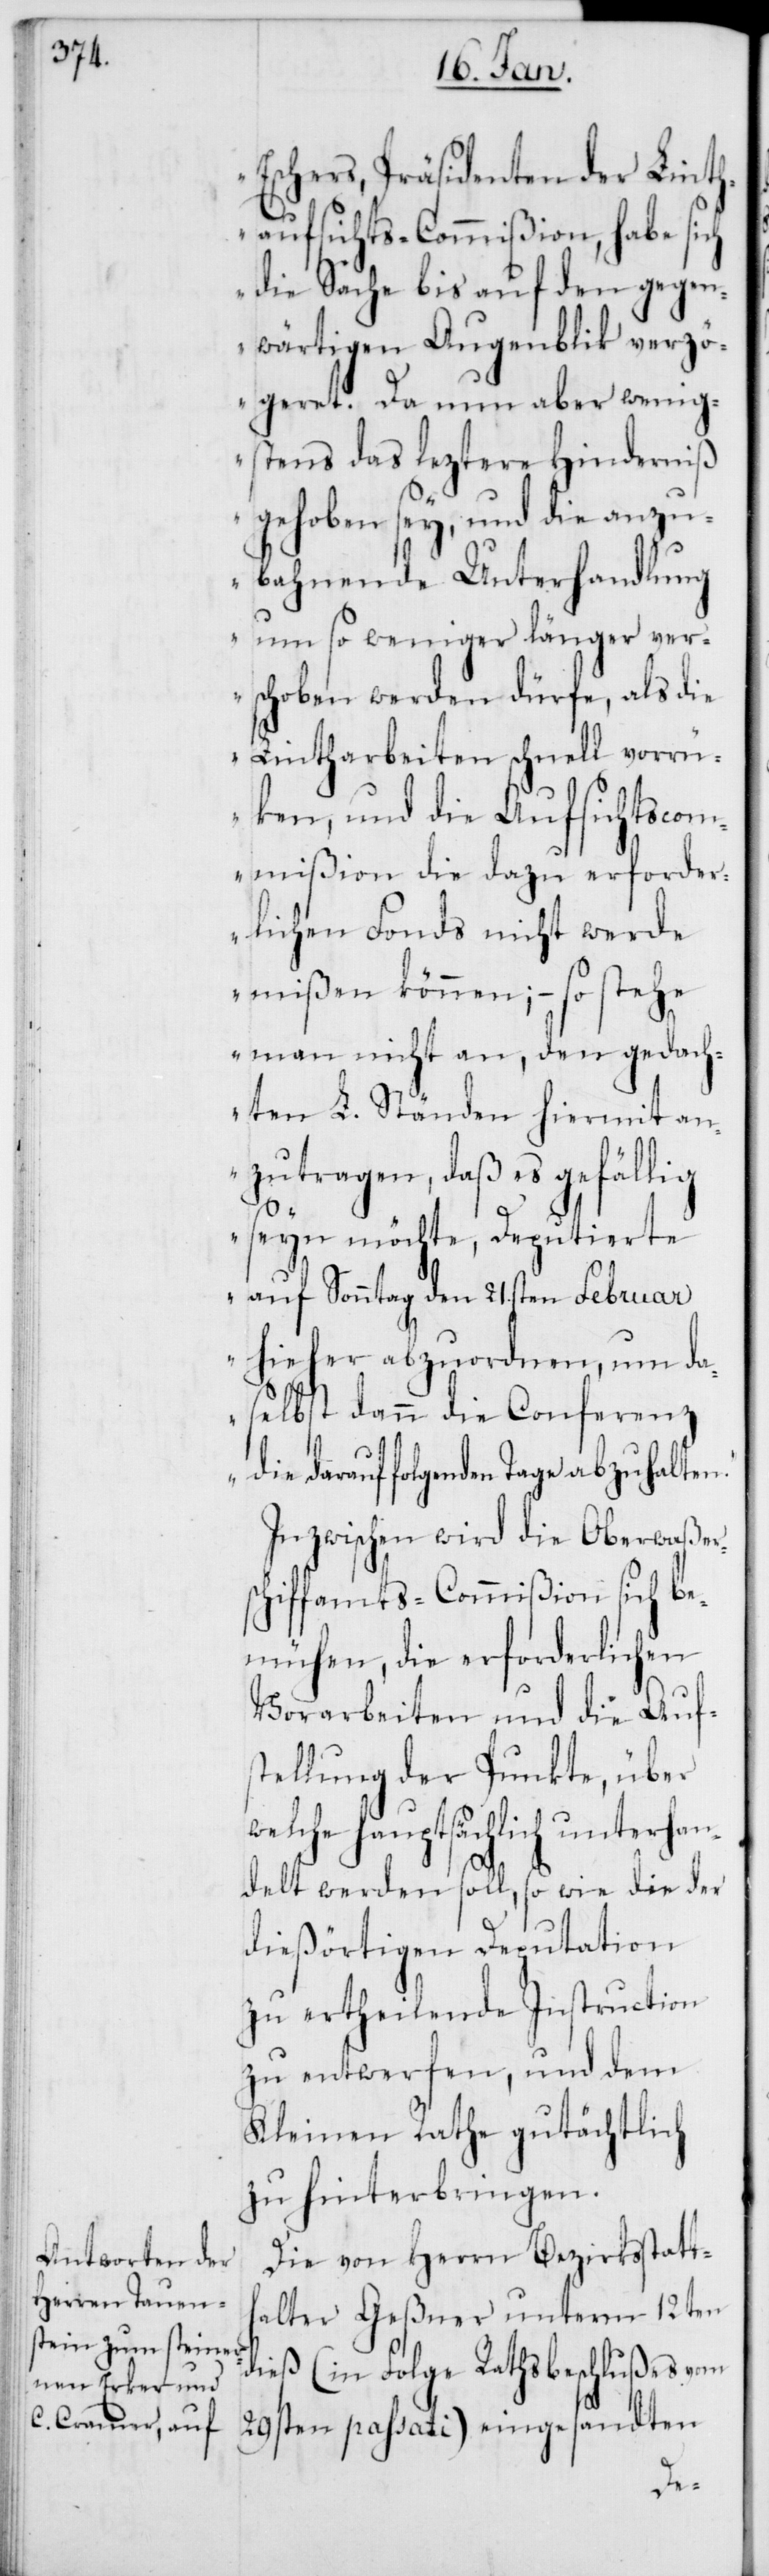
Eschers, Präsidenten der Linth¬
aufsichts-Commißion, habe sich
die Sache bis auf den gegen¬
wärtigen Augenblick verzö¬
geret. Da nun aber wenig¬
stens das leztere Hinderniß
gehoben sey, und die anzu¬
bahnende Unterhandlung
um so weniger länger ver¬
n.“
schoben werden dürfe, als die
Lintharbeiten schnell vorrü¬
cken, und die Aufsichtscom¬
mißion die dazu erforder¬
lichen Fonds nicht werde
mißen können; – so stehe
man nicht an, den gedach¬
ten L. Ständen hiermit an¬
zutragen, daß es gefällig
seyn möchte, Deputierte
auf Sonntag den 21.sten Februar
hieher abzuordnen, um da¬
selbst dann die Conferenz
die darauf folgenden Tage abzuhalte¬
Inzwischen wird die Oberwaßers¬
chiffamts-Commißion sich be¬
mühen, die erforderlichen
Vorarbeiten und die Auf¬
stellung der Punkte, über
lche hauptsächlich unterha¬
ndelt werden soll, so wie die der
dießörtigen Deputation
zu ertheilende Instruction
zu entwerfen, und dem
Kleinen Rate gutächtlich
zu hinterbringen.
Die von Herrn Bezirksstatth¬
alter Geßner unterm 12ten
dieß (in Folge Rathsbeschlußes vom
we¬